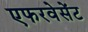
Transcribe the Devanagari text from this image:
एफरवेसेंट